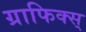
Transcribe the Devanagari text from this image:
ग्राफिक्स्